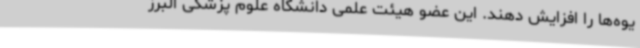
یوه‌ها را افزایش دهند. این عضو هیئت علمی دانشگاه علوم پزشکی البرز